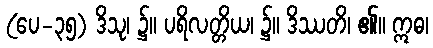
(ပေ-၃၅) ဒိသု၊ ၌။ ပရိလတ္တိယ၊ ၌။ ဒိဿတိ၊ ၏။ ဣဓ၊